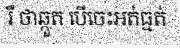
រឺ ថាឆ្កួត បើចេះអត់ធ្មត់